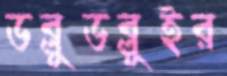
ডব্লুডব্লুইর